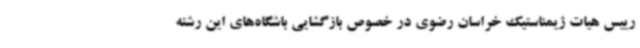
رییس هیات ژیمناستیک خراسان رضوی در خصوص بازگشایی باشگاه‌های این رشته